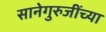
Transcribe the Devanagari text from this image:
सानेगुरुजींच्या